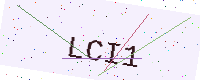
Text: LCI1